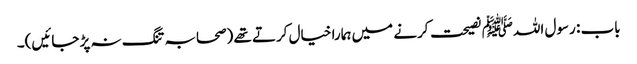
باب : رسول اللہﷺ نصیحت کرنے میں ہمارا خیال کرتے تھے (صحابہ تنگ نہ پڑ جائیں)۔